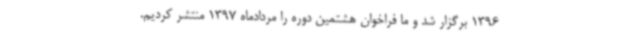
1396 برگزار شد و ما فراخوان هشتمین دوره را مردادماه 1397 منتشر کردیم.